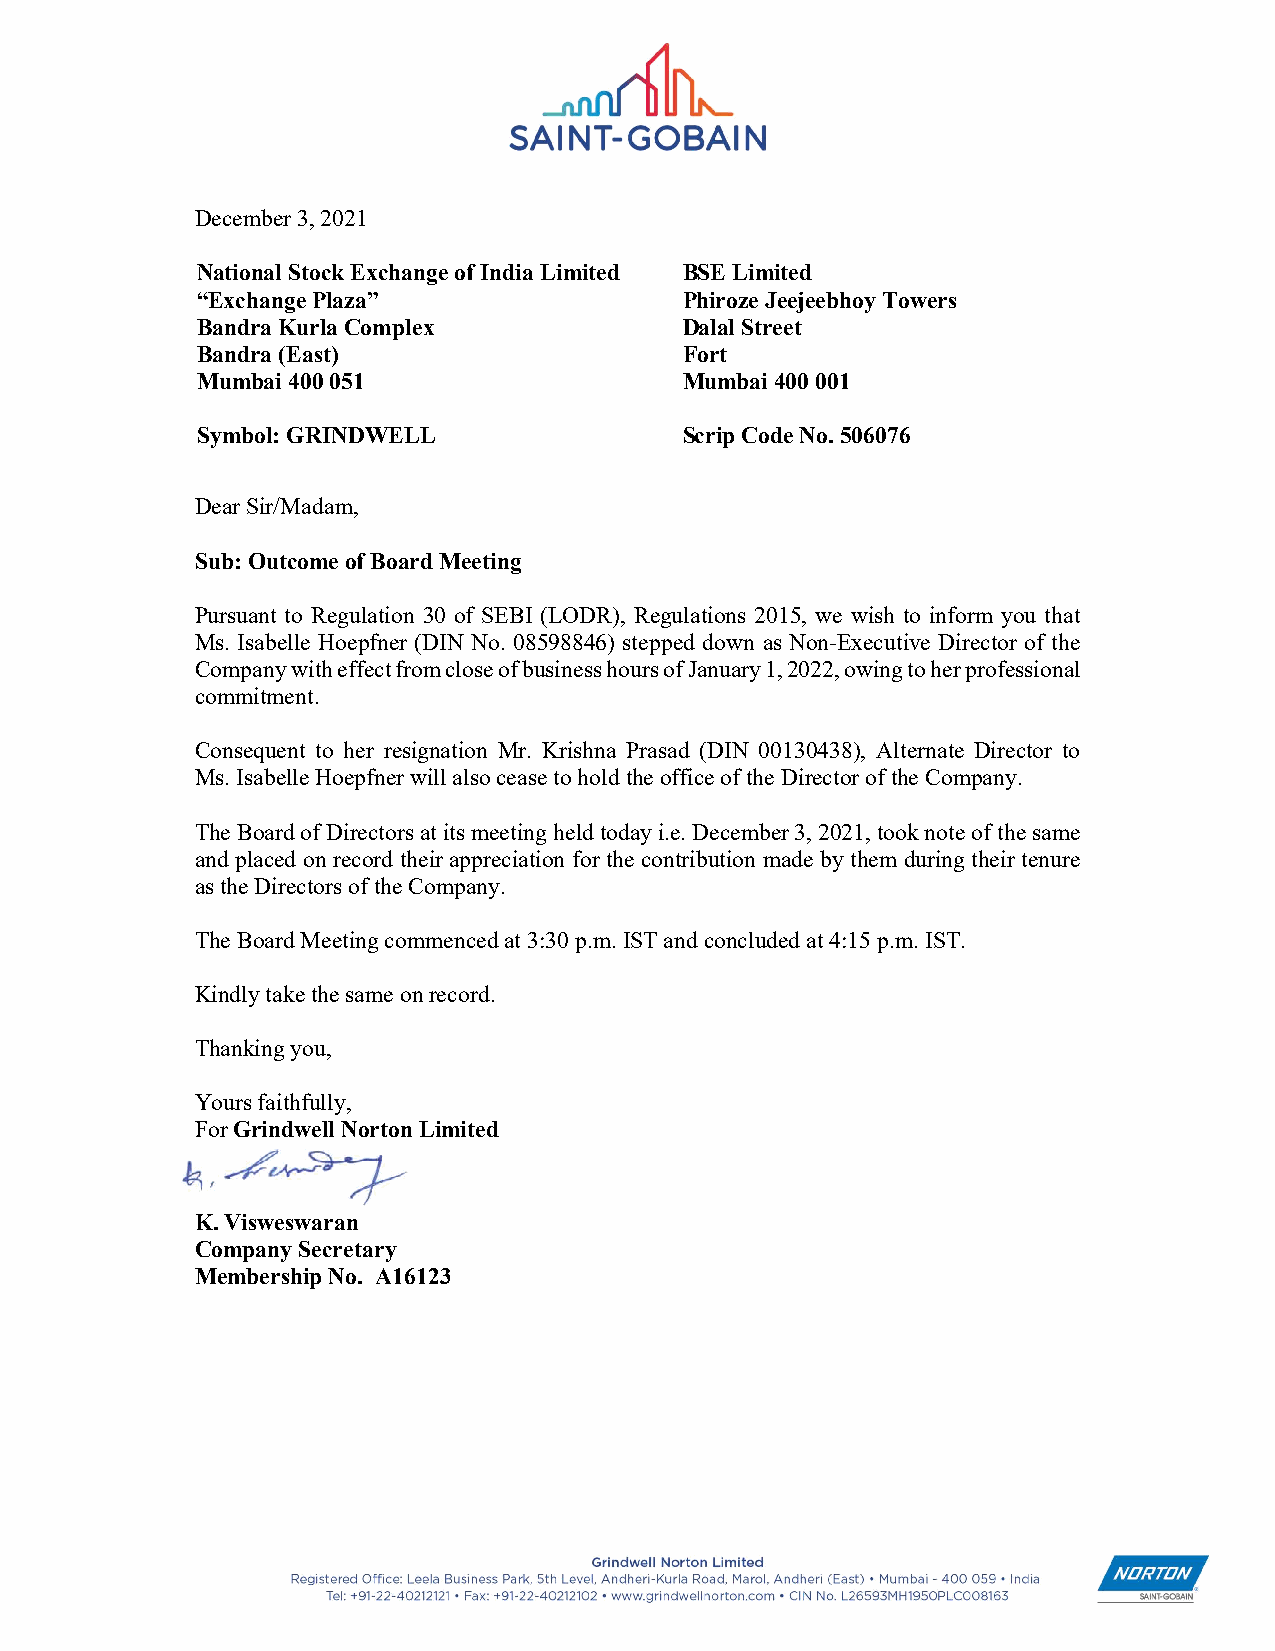
December 3, 2021
 National Stock Exchange of India Limited BSE Limited
 “Exchange Plaza”                Phiroze Jeejeebhoy Towers
 Bandra Kurla Complex            Dalal Street
 Bandra (East)                   Fort
 Mumbai 400 051                  Mumbai 400 001
 Symbol: GRINDWELL               Scrip Code No. 506076
 Dear Sir/Madam,
 Sub: Outcome of Board Meeting
 Pursuant to Regulation 30 of SEBI (LODR), Regulations 2015, we wish to inform you that
 Ms. Isabelle Hoepfner (DIN No. 08598846) stepped down as Non-Executive Director of the
 Company with effect from close of business hours of January 1, 2022, owing to her professional
 commitment.
 Consequent to her resignation Mr. Krishna Prasad (DIN 00130438), Alternate Director to
 Ms. Isabelle Hoepfner will also cease to hold the office of the Director of the Company.
 The Board of Directors at its meeting held today i.e. December 3, 2021, took note of the same
 and placed on record their appreciation for the contribution made by them during their tenure
 as the Directors of the Company.
 The Board Meeting commenced at 3:30 p.m. IST and concluded at 4:15 p.m. IST.
 Kindly take the same on record.
 Thanking you,
 Yours faithfully,
 For Grindwell Norton Limited
 K. Visweswaran
 Company Secretary
 Membership No. A16123